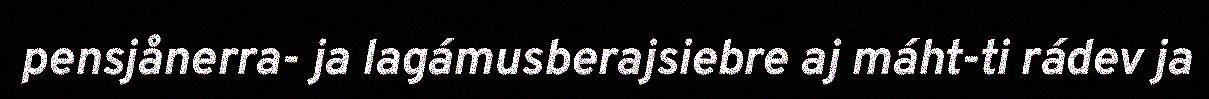
pensjånerra- ja lagámusberajsiebre aj máht-ti rádev ja